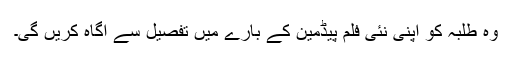
وہ طلبہ کو اپنی نئی فلم پیڈمین کے بارے میں تفصیل سے آگاہ کریں گی۔